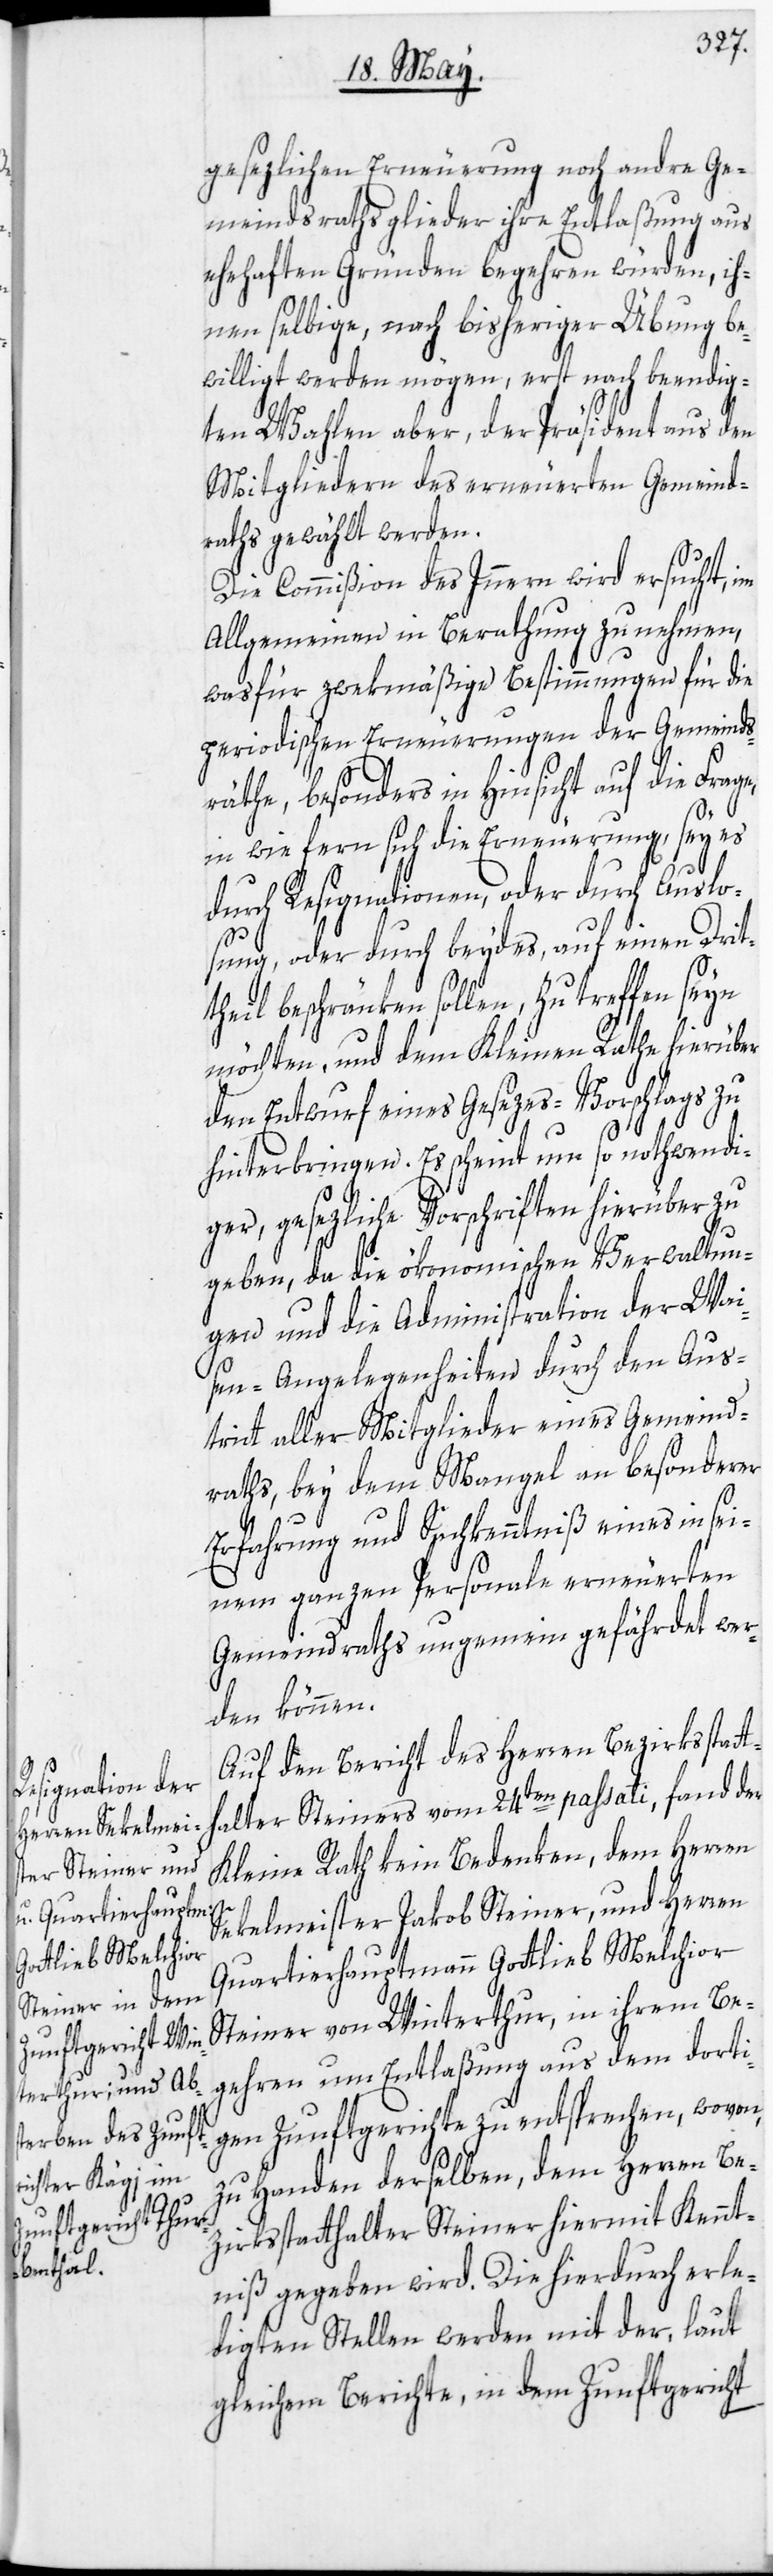
dem Herren Be¬
derselben,

gesezlichen Erneuerung noch andre Ge¬
meindsrathsglieder ihre Entlaßung aus
ehehaften Gründen begehren würden, ih¬
nen selbige, nach bisheriger Übung be¬
willigt werden mögen, erst nach beendig¬
e,
ten Wahlen aber, der Präsident aus den
Mitgliedern des erneuerten Gemeind¬
raths gewählt werden.
Die Commißion des Innern wird ersucht, im
Allgemeinen in Berathung zu nehmen,
was für zwekmäßige Bestimmungen für die
periodischen Erneuerungen der Gemeinds¬
räthe, besonders in Hinsicht auf die Frag¬
in wie fern sich die Erneuerung, sey es
durch Resignationen, oder durch Auslo¬
sung, oder durch beydes, auf einen Drit¬
theil beschränken sollen, zu treffen seyn
möchten, und dem Kleinen Rathe hierüber
den Entwurf eines Gesezes-Vorschlags zu
hinterbringen. Es scheint um so nothwendi¬
ger, gesezliche Vorschriften hierüber zu
geben, da die ökonomischen Verwaltun¬
gen und die Administration der Wai¬
sen-Angelegenheiten durch den Aus¬
tritt aller Mitglieder eines Gemeind¬
raths, bey dem Mangel an besonderer
Erfahrung und Sachkenntniß eines in sei¬
nem ganzen Personale erneuerten
Gemeindraths ungemein gefährdet wer¬
den können.
Auf den Bericht des Herren Bezirksstatt¬
halter Steiners vom 24ten passati, fand der
Kleine Rath kein Bedenken, dem Herren
Sekelmeister Jakob Steiner, und Herren
Quartierhauptmann Gottlieb Melchior
Steiner von Winterthur, in ihrem Be¬
gehren um Entlaßung aus dem dorti¬
gen Zunftgerichte zu entsprechen, wovon
zirksstatthalter Steiner hiermit Kennt¬
niß gegeben wird. Die hierdurch erle¬
digten Stellen werden mit der, laut
gleichem Berichte, in dem Zunftgericht